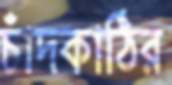
চাঁদকাঠির